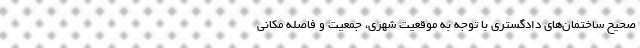
صحیح ساختمان‌های دادگستری با توجه به موقعیت شهری، جمعیت و فاصله مکانی